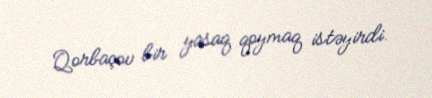
Qorbaçov bir yasaq qoymaq istəyirdi.